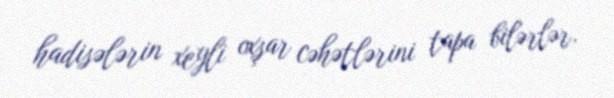
hadisələrin xeyli oxşar cəhətlərini tapa bilərlər.